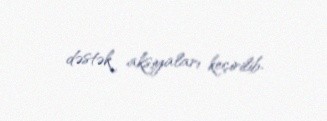
dəstək aksiyaları keçirilib.